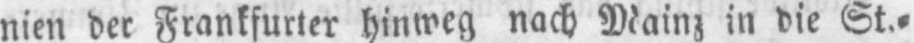
nien der Frankfurter hinweg nach Mainz in die St.⸗